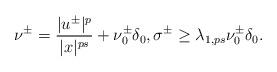
LaTeX: \begin{align*}\nu^{\pm}=\frac{|u^\pm|^p}{|x|^{ps}}+\nu_0^\pm\delta_0,\sigma^{\pm}\geq \lambda_{1, ps}\nu_0^{\pm}\delta_0.\end{align*}